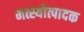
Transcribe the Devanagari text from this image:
मत्स्योत्पादक